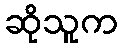
ဆိုသူက